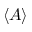
\langle A \rangle